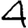
Digit: 4